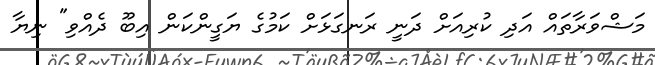
މަޝްވަރާތައް އަދި ކުރިއަށް ދަނީ ރަނގަޅަށް ކަމުގެ ޔަގީންކަން އިބޫ ދެއްވި" ނިޔާ